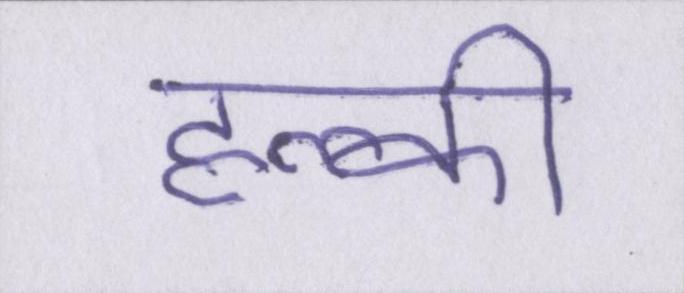
हल्की